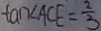
\tan \angle A C E = \frac { 2 } { 3 }